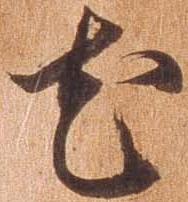
尤